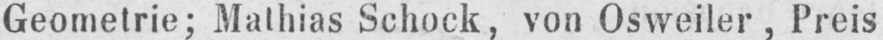
Geometrie; Mathias Schock, von Osweiler, Preis